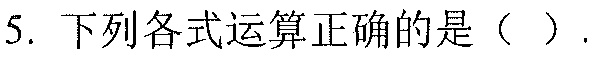
5. 下列各式运算正确的是（  ）.